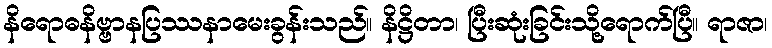
နိရောဓနိဗ္ဗာနပြဿနာမေးခွန်းသည်။ နိဋ္ဌိတာ၊ ပြီးဆုံးခြင်းသို့ရောက်ပြီ။ ရာဇာ၊